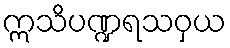
ဣသိပဏ္ဍရသဝှယ